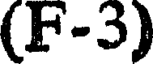
(F-3)